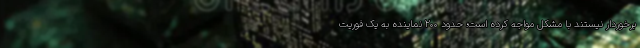
برخوردار نیستند با مشکل مواجه کرده است؛ حدود ۲۰۰ نماینده به یک فوریت